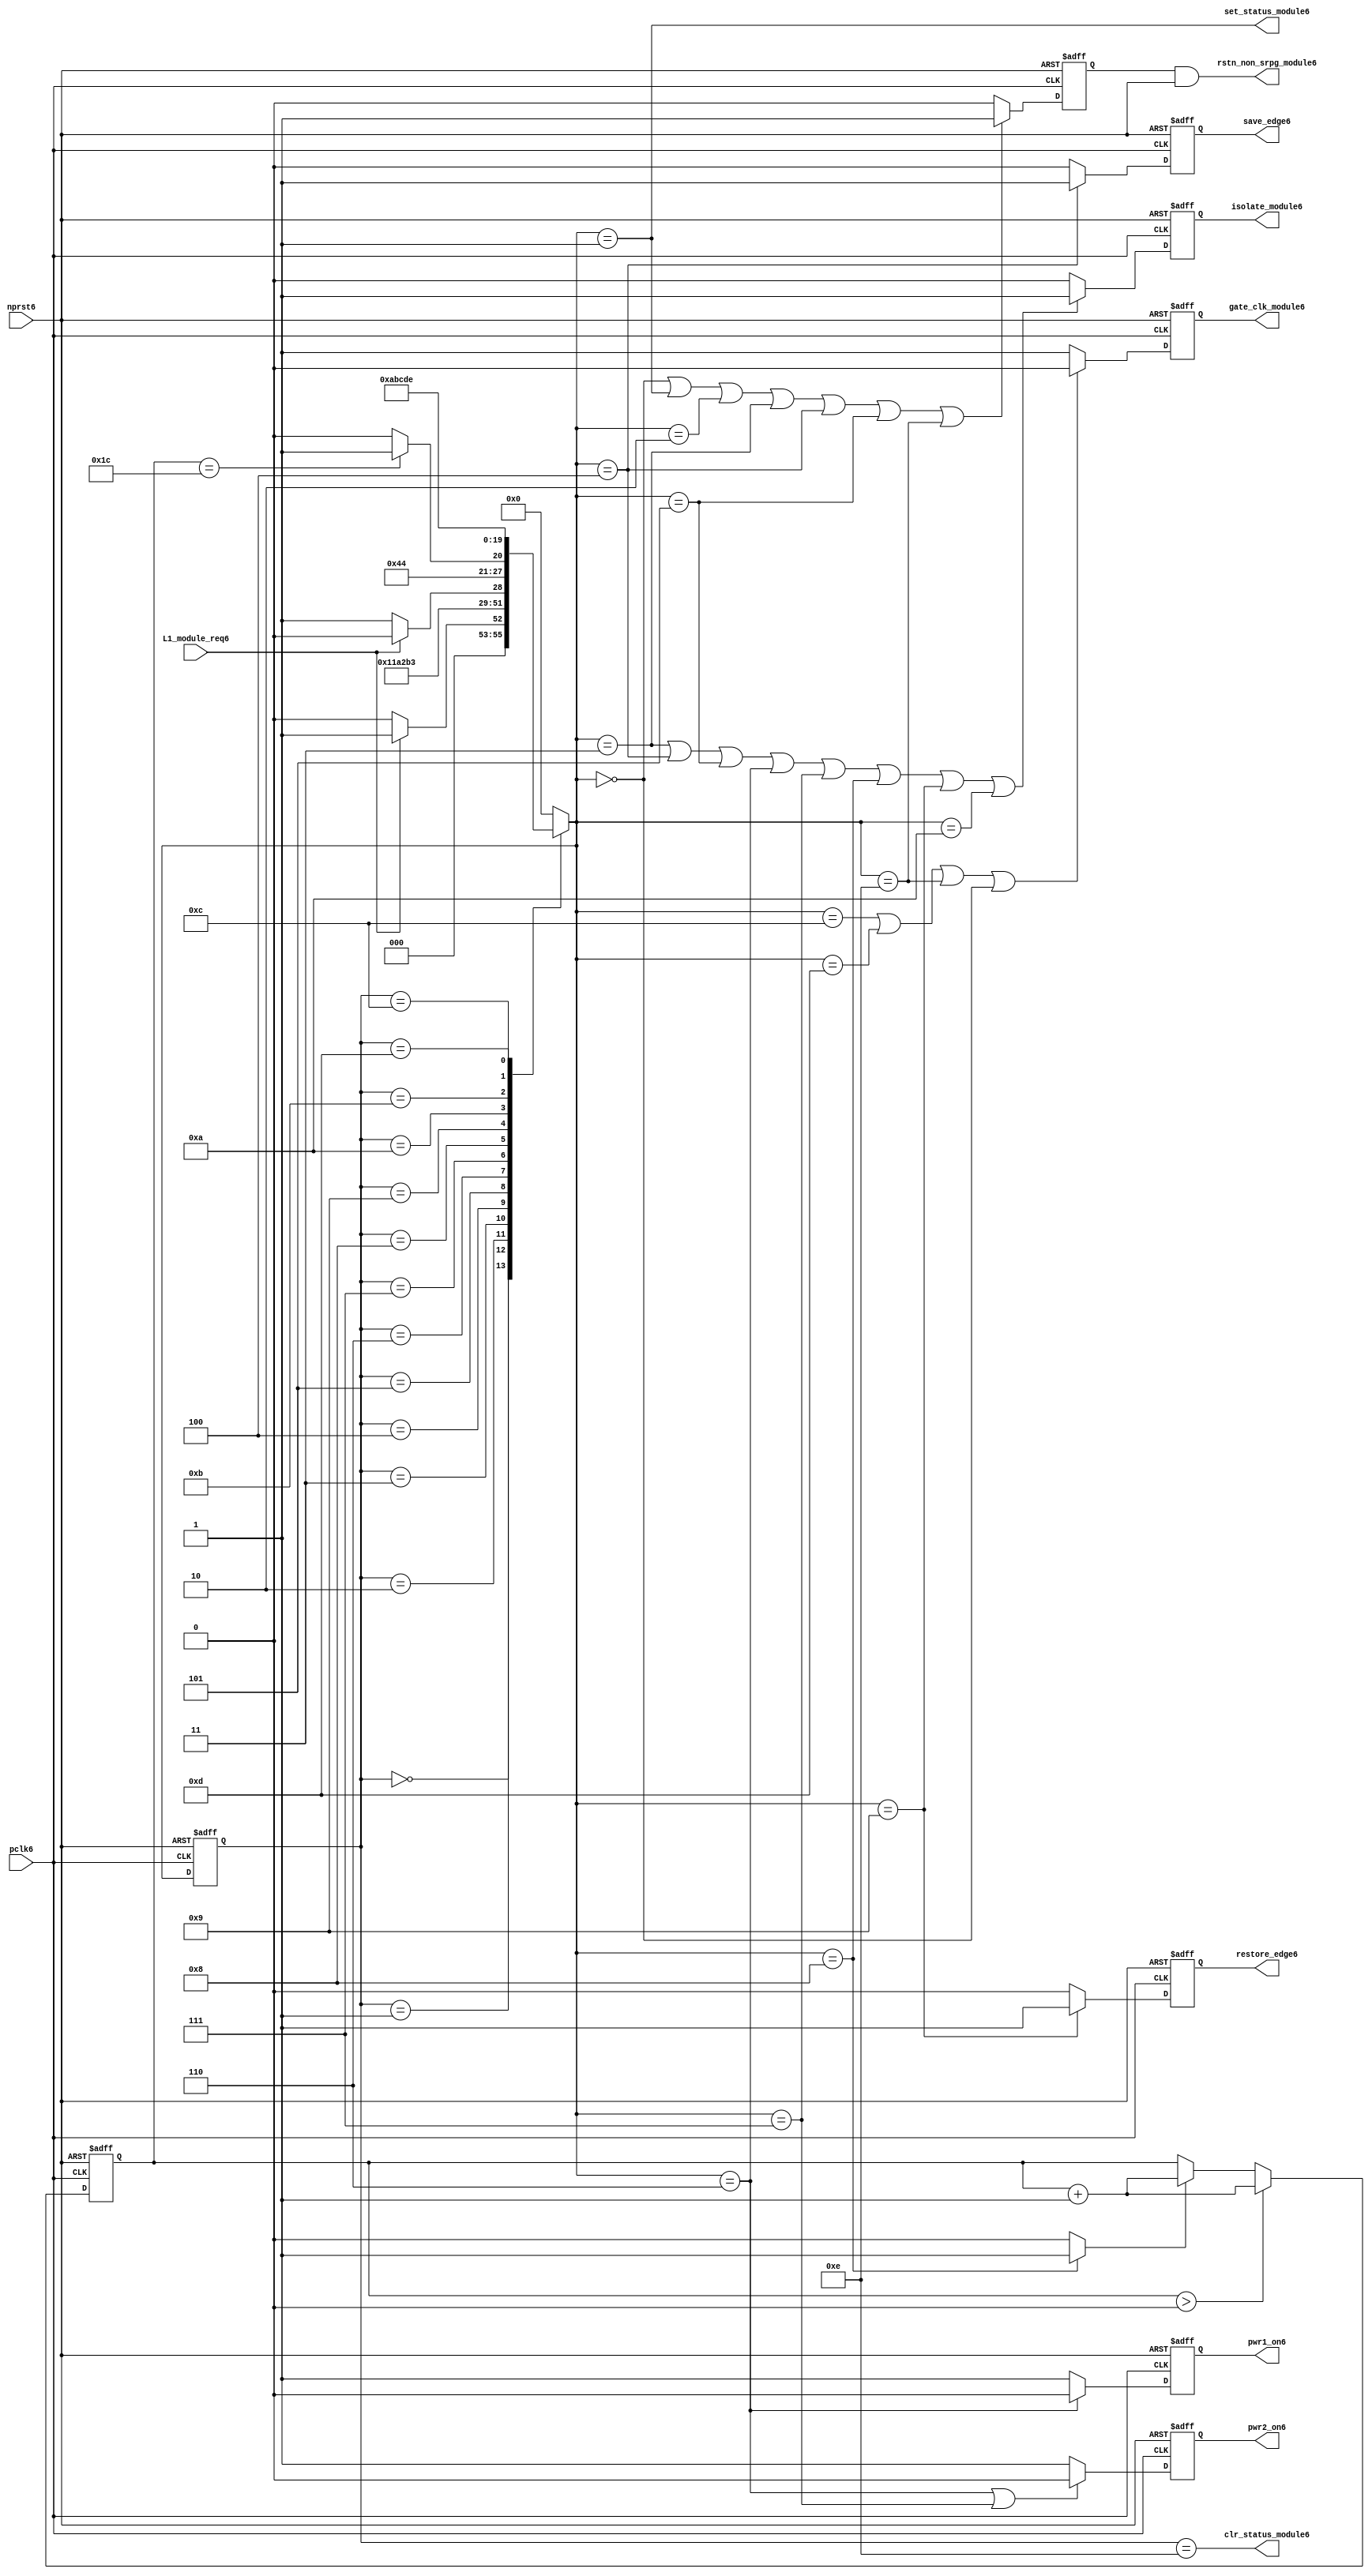
//File6 name   : power_ctrl_sm6.v
//Title6       : Power6 Controller6 state machine6
//Created6     : 1999
//Description6 : State6 machine6 of power6 controller6
//Notes6       : 
//----------------------------------------------------------------------
//   Copyright6 1999-2010 Cadence6 Design6 Systems6, Inc6.
//   All Rights6 Reserved6 Worldwide6
//
//   Licensed6 under the Apache6 License6, Version6 2.0 (the
//   "License6"); you may not use this file except6 in
//   compliance6 with the License6.  You may obtain6 a copy of
//   the License6 at
//
//       http6://www6.apache6.org6/licenses6/LICENSE6-2.0
//
//   Unless6 required6 by applicable6 law6 or agreed6 to in
//   writing, software6 distributed6 under the License6 is
//   distributed6 on an "AS6 IS6" BASIS6, WITHOUT6 WARRANTIES6 OR6
//   CONDITIONS6 OF6 ANY6 KIND6, either6 express6 or implied6.  See
//   the License6 for the specific6 language6 governing6
//   permissions6 and limitations6 under the License6.
//----------------------------------------------------------------------
module power_ctrl_sm6 (

    // Clocks6 & Reset6
    pclk6,
    nprst6,

    // Register Control6 inputs6
    L1_module_req6,
    set_status_module6,
    clr_status_module6,

    // Module6 control6 outputs6
    rstn_non_srpg_module6,
    gate_clk_module6,
    isolate_module6,
    save_edge6,
    restore_edge6,
    pwr1_on6,
    pwr2_on6

);

input    pclk6;
input    nprst6;

input    L1_module_req6;
output   set_status_module6;
output   clr_status_module6;
    
output   rstn_non_srpg_module6;
output   gate_clk_module6;
output   isolate_module6;
output   pwr1_on6;
output   pwr2_on6;
output save_edge6;
output restore_edge6;

wire    set_status_module6;
wire    clr_status_module6;

wire    rstn_non_srpg_module6;
reg     gate_clk_module6;
reg     isolate_module6;
reg     pwr1_on6;
reg     pwr2_on6;

reg save_edge6;

reg restore_edge6;
   
// FSM6 state
reg  [3:0] currentState6, nextState6;
reg     rstn_non_srpg6;
reg [4:0] trans_cnt6;

parameter Init6 = 0; 
parameter Clk_off6 = 1; 
parameter Wait16 = 2; 
parameter Isolate6 = 3; 
parameter Save_edge6 = 4; 
parameter Pre_pwr_off6 = 5; 
parameter Pwr_off6 = 6; 
parameter Pwr_on16 = 7; 
parameter Pwr_on26 = 8; 
parameter Restore_edge6 = 9; 
parameter Wait26 = 10; 
parameter De_isolate6 = 11; 
parameter Clk_on6 = 12; 
parameter Wait36 = 13; 
parameter Rst_clr6 = 14;


// Power6 Shut6 Off6 State6 Machine6

// FSM6 combinational6 process
always @  (*)
  begin
    case (currentState6)

      // Commence6 PSO6 once6 the L16 req bit is set.
      Init6:
        if (L1_module_req6 == 1'b1)
          nextState6 = Clk_off6;         // Gate6 the module's clocks6 off6
        else
          nextState6 = Init6;            // Keep6 waiting6 in Init6 state
        
      Clk_off6 :
        nextState6 = Wait16;             // Wait6 for one cycle
 
      Wait16  :                         // Wait6 for clk6 gating6 to take6 effect
        nextState6 = Isolate6;           // Start6 the isolation6 process
          
      Isolate6 :
        nextState6 = Save_edge6;
        
      Save_edge6 :
        nextState6 = Pre_pwr_off6;

      Pre_pwr_off6 :
        nextState6 = Pwr_off6;
      // Exit6 PSO6 once6 the L16 req bit is clear.

      Pwr_off6 :
        if (L1_module_req6 == 1'b0)
          nextState6 = Pwr_on16;         // Resume6 power6 if the L1_module_req6 bit is cleared6
        else
          nextState6 = Pwr_off6;         // Wait6 until the L1_module_req6 bit is cleared6
        
      Pwr_on16 :
        nextState6 = Pwr_on26;
          
      Pwr_on26 :
        if(trans_cnt6 == 5'd28)
          nextState6 = Restore_edge6;
        else 
          nextState6 = Pwr_on26;
          
      Restore_edge6 :
        nextState6 = Wait26;

      Wait26 :
        nextState6 = De_isolate6;
          
      De_isolate6 :
        nextState6 = Clk_on6;
          
      Clk_on6 :
        nextState6 = Wait36;
          
      Wait36  :                         // Wait6 for clock6 to resume
        nextState6 = Rst_clr6 ;     
 
      Rst_clr6 :
        nextState6 = Init6;
        
      default  :                       // Catch6 all
        nextState6 = Init6; 
        
    endcase
  end


  // Signals6 Sequential6 process - gate_clk_module6
always @ (posedge pclk6 or negedge nprst6)
  begin
    if (~nprst6)
      gate_clk_module6 <= 1'b0;
    else 
      if (nextState6 == Clk_on6 | nextState6 == Wait36 | nextState6 == Rst_clr6 | 
          nextState6 == Init6)
          gate_clk_module6 <= 1'b0;
      else
          gate_clk_module6 <= 1'b1;
  end

// Signals6 Sequential6 process - rstn_non_srpg6
always @ (posedge pclk6 or negedge nprst6)
  begin
    if (~nprst6)
      rstn_non_srpg6 <= 1'b0;
    else
      if ( nextState6 == Init6 | nextState6 == Clk_off6 | nextState6 == Wait16 | 
           nextState6 == Isolate6 | nextState6 == Save_edge6 | nextState6 == Pre_pwr_off6 | nextState6 == Rst_clr6)
        rstn_non_srpg6 <= 1'b1;
      else
        rstn_non_srpg6 <= 1'b0;
   end


// Signals6 Sequential6 process - pwr1_on6 & pwr2_on6
always @ (posedge pclk6 or negedge nprst6)
  begin
    if (~nprst6)
      pwr1_on6 <=  1'b1;  // power6 gates6 1 & 2 are on
    else
      if (nextState6 == Pwr_off6 )
        pwr1_on6 <= 1'b0;  // shut6 off6 both power6 gates6 1 & 2
      else
        pwr1_on6 <= 1'b1;
  end


// Signals6 Sequential6 process - pwr1_on6 & pwr2_on6
always @ (posedge pclk6 or negedge nprst6)
  begin
    if (~nprst6)
       pwr2_on6 <= 1'b1;      // power6 gates6 1 & 2 are on
    else
      if (nextState6 == Pwr_off6 | nextState6 == Pwr_on16)
        pwr2_on6 <= 1'b0;     // shut6 off6 both power6 gates6 1 & 2
      else
        pwr2_on6 <= 1'b1;
   end


// Signals6 Sequential6 process - isolate_module6 
always @ (posedge pclk6 or negedge nprst6)
  begin
    if (~nprst6)
        isolate_module6 <= 1'b0;
    else
      if (nextState6 == Isolate6 | nextState6 == Save_edge6 | nextState6 == Pre_pwr_off6 |  nextState6 == Pwr_off6 | nextState6 == Pwr_on16 |
          nextState6 == Pwr_on26 | nextState6 == Restore_edge6 | nextState6 == Wait26)
         isolate_module6 <= 1'b1;       // Activate6 the isolate6 and retain6 signals6
      else
         isolate_module6 <= 1'b0;        
   end    

// enabling save edge
always @ (posedge pclk6 or negedge nprst6)
  begin
    if (~nprst6)
        save_edge6 <= 1'b0;
    else
      if (nextState6 == Save_edge6 )
         save_edge6 <= 1'b1;       // Activate6 the isolate6 and retain6 signals6
      else
         save_edge6 <= 1'b0;        
   end    
// stabilising6 count
wire restore_change6;
assign restore_change6 = (nextState6 == Pwr_on26) ? 1'b1: 1'b0;

always @ (posedge pclk6 or negedge nprst6)
  begin
    if (~nprst6)
      trans_cnt6 <= 0;
    else if (trans_cnt6 > 0)
      trans_cnt6  <= trans_cnt6 + 1;
    else if (restore_change6)
      trans_cnt6  <= trans_cnt6 + 1;
  end

// enabling restore6 edge
always @ (posedge pclk6 or negedge nprst6)
  begin
    if (~nprst6)
        restore_edge6 <= 1'b0;
    else
      if (nextState6 == Restore_edge6)
         restore_edge6 <= 1'b1;       // Activate6 the isolate6 and retain6 signals6
      else
         restore_edge6 <= 1'b0;        
   end    


// FSM6 Sequential6 process
always @ (posedge pclk6 or negedge nprst6)
  begin
    if (~nprst6)
      currentState6 <= Init6;
    else
      currentState6 <= nextState6;
  end


// Reset6 for non-SRPG6 FFs6 is a combination6 of the nprst6 and the reset during PSO6
assign  rstn_non_srpg_module6 = rstn_non_srpg6 & nprst6;

assign  set_status_module6 = (nextState6 == Clk_off6);    // Set the L16 status bit  
assign  clr_status_module6 = (currentState6 == Rst_clr6); // Clear the L16 status bit  
  

`ifdef LP_ABV_ON6

// psl6 default clock6 = (posedge pclk6);

// Never6 have the set and clear status signals6 both set
// psl6 output_no_set_and_clear6 : assert never {set_status_module6 & clr_status_module6};



// Isolate6 signal6 should become6 active on the 
// Next6 clock6 after Gate6 signal6 is activated6
// psl6 output_pd_seq6:
//    assert always
//	  {rose6(gate_clk_module6)} |=> {[*1]; {rose6(isolate_module6)} }
//    abort6(~nprst6);
//
//
//
// Reset6 signal6 for Non6-SRPG6 FFs6 and POWER6 signal6 for
// SMC6 should become6 LOW6 on clock6 cycle after Isolate6 
// signal6 is activated6
// psl6 output_pd_seq_stg_26:
//    assert always
//    {rose6(isolate_module6)} |=>
//    {[*2]; {{fell6(rstn_non_srpg_module6)} && {fell6(pwr1_on6)}} }
//    abort6(~nprst6);
//
//
// Whenever6 pwr1_on6 goes6 to LOW6 pwr2_on6 should also go6 to LOW6
// psl6 output_pwr2_low6:
//    assert always
//    { fell6(pwr1_on6) } |->  { fell6(pwr2_on6) }
//    abort6(~nprst6);
//
//
// Whenever6 pwr1_on6 becomes HIGH6 , On6 Next6 clock6 cycle pwr2_on6
// should also become6 HIGH6
// psl6 output_pwr2_high6:
//    assert always
//    { rose6(pwr1_on6) } |=>  { (pwr2_on6) }
//    abort6(~nprst6);
//
`endif


endmodule